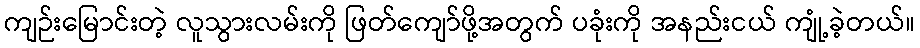
ကျဉ်းမြောင်းတဲ့ လူသွားလမ်းကို ဖြတ်ကျော်ဖို့အတွက် ပခုံးကို အနည်းငယ် ကျုံ့ခဲ့တယ်။